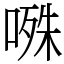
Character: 𭉝